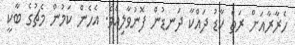
ހެރާރާއަށް ރަތް ކާޑު ދައްކާ ދަނޑުން ފޮނުވާލިއެވެ. އެހެން ކަމުން މެޗުގެ ބާކީ